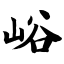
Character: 峪